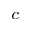
^ { c }